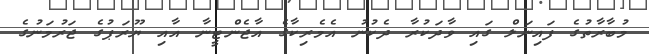
މުބާރާތުގެ ފައިނަލް ގައި ވާދަކުރާ ދެކުނު އެމެރިކާގެ އާޖެންޓީނާ އާއި ޔޫރަޕުގެ ޖަރުމަނުގެ